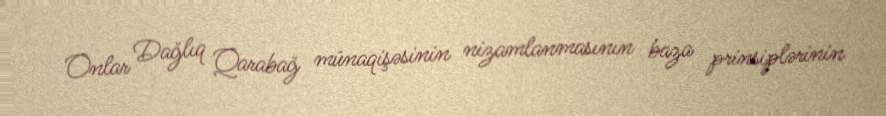
Onlar Dağlıq Qarabağ münaqişəsinin nizamlanmasının baza prinsiplərinin